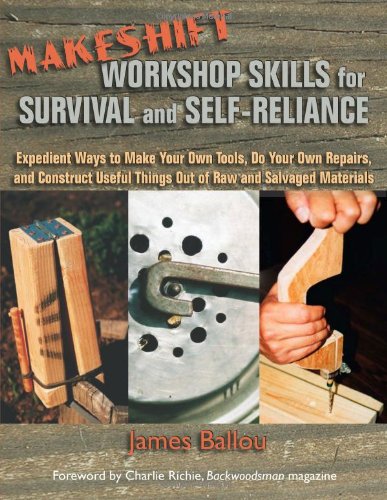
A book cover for Makeshift Workshop Skills; James Ballou; Sports & Outdoors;